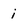
Character: i